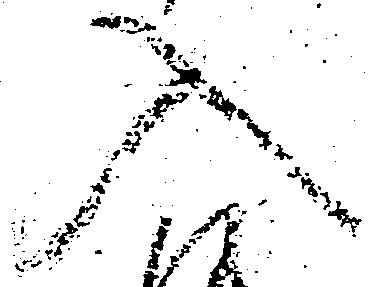
入